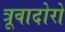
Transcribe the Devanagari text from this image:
त्रूवादोरों